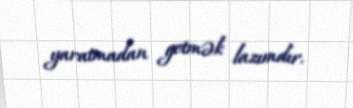
yaratmadan getmək lazımdır.